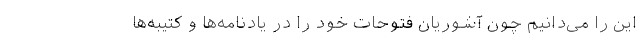
این را می‌دانیم چون آشوریان فتوحات خود را در یادنامه‌ها و کتیبه‌ها